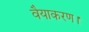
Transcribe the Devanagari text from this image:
वैयाकरण।